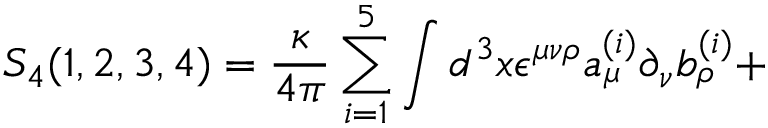
S _ { 4 } ( 1 , 2 , 3 , 4 ) = { \frac { \kappa } { 4 \pi } } \sum _ { i = 1 } ^ { 5 } \int d ^ { 3 } x \epsilon ^ { \mu \nu \rho } a _ { \mu } ^ { ( i ) } \partial _ { \nu } b _ { \rho } ^ { ( i ) } +